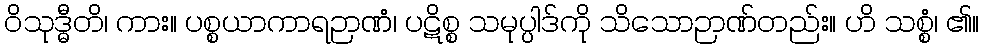
ဝိသုဒ္ဓီတိ၊ ကား။ ပစ္စယာကာရဉာဏံ၊ ပဋိစ္စ သမုပ္ပါဒ်ကို သိသောဉာဏ်တည်း။ ဟိ သစ္စံ၊ ၏။